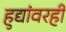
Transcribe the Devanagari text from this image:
हुद्यांवरही